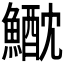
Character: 𩻕